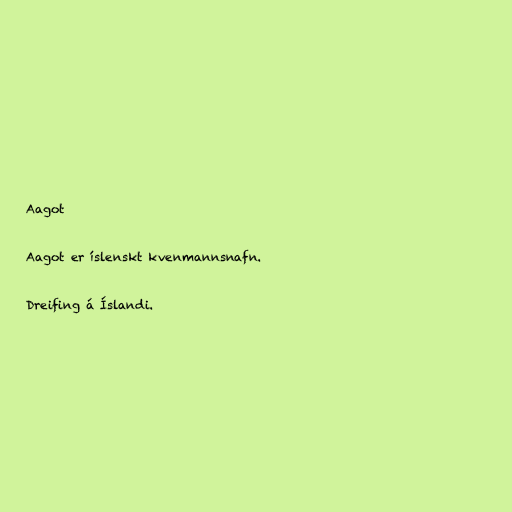
Aagot

Aagot er íslenskt kvenmannsnafn.

Dreifing á Íslandi.